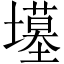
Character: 𫮲